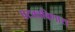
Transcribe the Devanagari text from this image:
पटकाविणारा